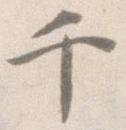
千